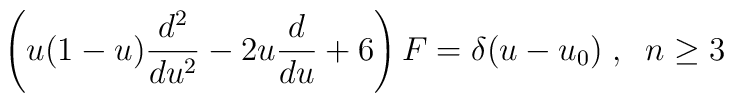
\left(u(1-u)\frac{d^2}{du^2}-2u\frac{d}{du}+6\right)F=\delta(u-u_0)\;,\;\;n\geq 3